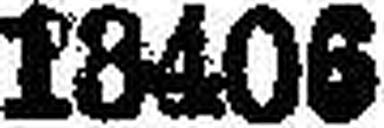
18406